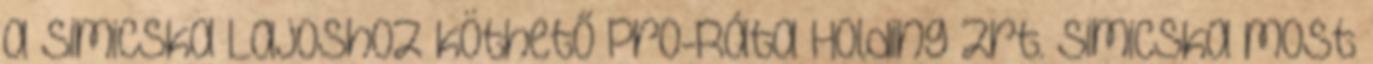
a Simicska Lajoshoz köthető Pro-Ráta Holding Zrt. Simicska most